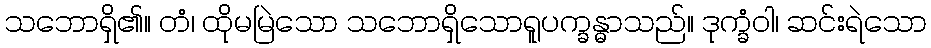
သဘောရှိ၏။ တံ၊ ထိုမမြဲသော သဘောရှိသောရူပက္ခန္ဓာသည်။ ဒုက္ခံဝါ၊ ဆင်းရဲသော